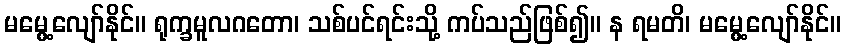
မမွေ့လျော်နိုင်။ ရုက္ခမူလဂတော၊ သစ်ပင်ရင်းသို့ ကပ်သည်ဖြစ်၍။ န ရမတိ၊ မမွေ့လျော်နိုင်။